Calcutta medical institutions reports 1892-1900
Year: 1892
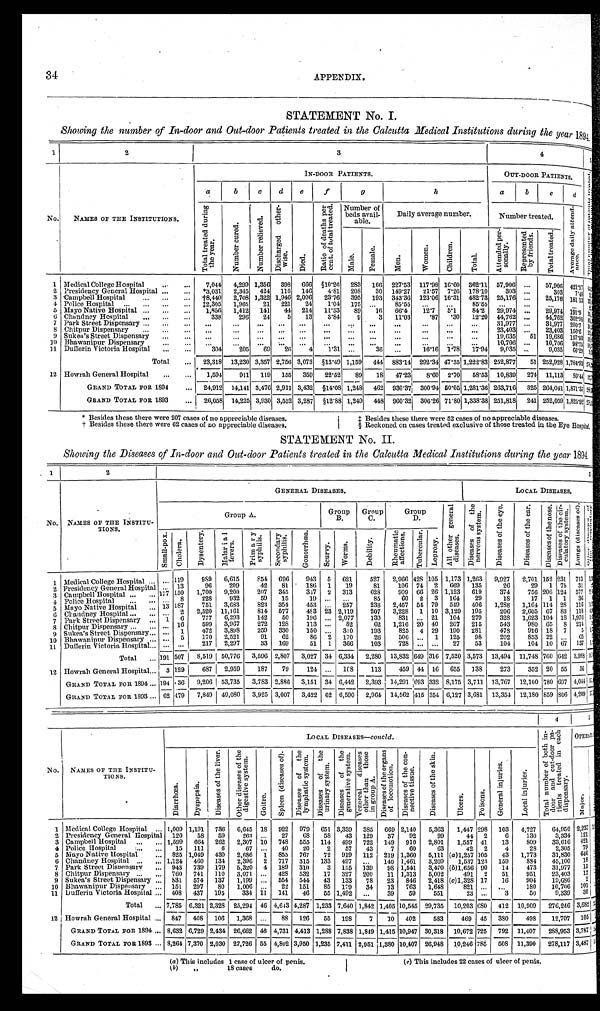
STATEMENT No. I.
Showing the number of In-door and Out-door Patients treated in the Calcutta Medical Institutions during the year 1894.
1
2
3
4
5
NO.
NAMES OF THE INSTITUTIONS.
IN-DOOR PATIENTS.
OUT-DOOR PATIENTS.
< i l l e g i b l e >
a b
c
d
e
f
g
h
a
b
c
d
T o t a l t r e a t e d d u r i n g t h e y e a r .
N u m b e r c u r e d .
N u m b e r r e l i e v e d .
D i s c h a r g e d o t h e r - w i s e .
D i e d .
R a t i o o f d e a t h s p e r c e n t . o f t o t a l t r e a t e d .
N u m b e r o f b e d s a v a i l - a b l e .
Daily average number.
N u m b e r t r e a t e d .
A v e r a g e d a i l y a t t e n d - a n c e .
M a l e .
F e m a l e .
M e n .
W o m e n .
C h i l d r e n .
T o t a l .
A t t e n d e d p e r - s o n a l l y .
Re p r e s e n t e d b y f r i e n d s .
T o t a l t r e a t e d .
1 Medical College Hospital . . .
7,044 4,299 1,356 398 666
§10.26 283 166 227.53 117.98 16.60 362.11 57,906 . . .
57,906 421.17 < i l l e g i b l e >
2 Presidency General Hospital . . . *3,031
2,345 424 116 146
4.81 208
30 149.27
21.57 7.26 178.10
303 . . .
303
7 . 4 8 < i l l e g i b l e >
3 Campbell Hospital . . .
†8,440 2,708 1,322 1,946 2,006 23.76 395 193 343.36 123.06 16.31 482.73 25,176 . . .
25,176
181. 13 < i l l e g i b l e >
4 Police Hospital . . .
‡2,305 1,965
21 221
24
1 . 0 4 175 . . .
85.55
. . .
. . . 85.55
. . .
. . .
. . .
. . .
< i l l e g i b l e >
5 Mayo Native Hospital . . .
1,856 1,412 141
44 214 11.53
89
16
66.4
12.7
5.1
84.2 29.974 . . .
29,974 191.9 < i l l e g i b l e >
6 Chandney Hospital . . .
338
296
24
5
13
3.84
9
3
11.03
.87
. 3 0 12.20 44,762 . . .
44,762 302.98 < i l l e g i b l e >
7 Park Street Dispensary . . .
. . . . . .
. . .
. . .
. . .
. . .
. . .
. . .
. . .
. . .
. . .
. . . 31,977 . . .
31,977 200.7 < i l l e g i b l e >
8 Chitpur Dispensary . . .
. . .
. . .
. . .
. . .
. . .
. . .
. . .
. . .
. . .
. . .
. . .
. . .
23,403 . . .
23,403 156.6 < i l l e g i b l e >
9 Sukea's Street Dispensary . . .
. . .
. . .
. . .
. . .
. . .
. . .
. . .
. . .
. . .
. . .
. . .
. . .
19,635
51 19,686 157.93 < i l l e g i b l e >
1 0 Bhawanipur Dispensary . . .
. . .
. . .
. . .
. . .
. . .
. . .
. . .
. . .
. . .
. . .
. . .
. . .
10,706 . . .
10,706 98.75 < i l l e g i b l e >
1 1 Dufferin Victoria Hospital . . .
304
205
69
26
4
1 . 3 1
. . .
36 . . .
16.16 1.78 17.94 9,035 . . .
9,035 66.29 < i l l e g i b l e >
Total . . . 23,318 13,230 3,357 2,756 3,073
§13. 49 1,159 444 883.14 292.34 47.35 1,222.83 252,877
51
2 5 2 , 9 2 8 1,784.93 < i l l e g i b l e >
12 Howrah General Hospital . . .
1,594
911 119 155 359 22.52
89
18 47.23
8.60 2.70
58.53 10,839 274 11,113
86. 44 < i l l e g i b l e >
GRAND TOTAL FOR 1894 . . . 24,912 14,141 3,476 2,911 3,432
§14. 08 1,248 462
930. 37 300.94 50.05 1,281.36 263,716 325 264,041 1,871.37 < i l l e g i b l e >
GRAND TOTAL FOR 1893 . . .
26,058 14,225 3,930 3,552 3,287
§12. 88 1,249 448 960.32 306.2671.80 1,338.38 251,8181 241 252,059 1,825.92
< i l l e g i b l e >
* Besides these there were 207 cases of no appreciable diseases.
† Besides these there were 62 cases of no appreciable diseases.
‡ Besides these there were 52 cases of no appreciable diseases.
§ Reckoned on cases treated exclusive of those treated in the Eye Hospital.
STATEMENT No. II.
Showing the Diseases of In-door and Out-door Patients treated in the Calcutta Medical Institutions during the year 1894
1
2
3
NO. NAMES OF THE INSTITU-
TIONS.
G e n e r a l D i s e a s e s .
LOCAL DISEASES.
Group A.
Group
B.
G r o u p
C.
Group
D.
A l l o t h e r g e n e r a l d i s e a s e s .
D i s e a s e s o f t h e n e r v o u s s y s t e m .
D i s e a s e s o f t h e e y e .
D i s e a s e s o f t h e e a r .
D i s e a s e s o f t h e n o s e .
D i s e a s e s o f t h e c i r - c u l a t o r y s y s t e m .
L u n g s ( d i s e a s e s o f ) .
< i l l e g i b l e >
S m a l l - p o x .
C h o l e r a .
D y s e n t e r y .
M a l a r i a l f e v e r s .
P r i m a r y S y p h i l i s .
Secondary Syphilis.
G o n o r r h œ a .
S c u r v y .
W o r m s .
D e b i l i t y .
R h e u m a t i c a f f e c t i o n s .
T u b e r c u l a r .
L e p r o s y .
1 Medical College Hospital . . .
. . . 119
989 6,615
854 696
943 5 621
527
2,966 428 105 1,173 1,263 9,927
2,701 152 231 713 < i l l e g i b l e >
96
209
42
81
186 1
19
81
106 74 2 669 135
26
29 1 75 31 < i l l e g i b l e >
. . . 13
2 Presidency General Hospital . . .
150
1,700 9,200
207 345
347 2 313
628
909 66 26. 1,123 619
374
756 206 124 577 < i l l e g i b l e >
Campbell Hospital . . . 177
3
228
9 3 2
5 9 15
1 9
. . .
. . .
85
60 2 3 164
29
18
17 1 1 36 < i l l e g i b l e >
8
Police Hospital . . .
. . .
4
187
751 3,683
823 354
453
. . . 257
238 2,457 54 79 549 406
1,288
1,164 114 28 116 < i l l e g i b l e >
Mayo Native Hospital . . . 13
5
2,520 11,161
814 577
483 23 2,119
207 3,228 1 10 3,129 195
206 2,605 67 83 118 < i l l e g i b l e >
2
Chandney Hospital . . . . . .
6
6
777 6,293
142
50
196
. . . 2,077
130
831 . . . 21 104 279
328
1,623 104 18 1,976 < i l l e g i b l e >
1
7 Park Street Dispensary. . .
16
599 3,967
272 128
113
. . . 82
62 1,216 20 40 267 215
543
980 65 8 214 < i l l e g i b l e >
Chitpur Dispensary . . .
. . .
8
472 3,898
259 330
150
. . . 310
193
825 4 29 190 281
478
916 18 7
5 < i l l e g i b l e >
1
9 Sukea's Street Dispensary . . .
. . .
170 2,521
91
62
86 2 170
26
506 . . . 1 125
98
202
853
2 2 . . . 65 < i l l e g i b l e >
5
10 Bhawanipur Dispensary . . .
. . .
217 2,297
33 169
51 1 366
103
728 . . .
. . . 27
53
104
104 10 67 137 < i l l e g i b l e >
11 Dufferin Victoria Hospital . . . . . . . . .
Total . . . 191 507 8,519 50,776 3,596 2,807 3,027 34 6,334 2,280 13,832 649 316 7,520 3,573 13,494 11,748 760 642
3 , 9 8 8 < i l l e g i b l e >
12 Howrah General Hospital . . . 3 129
687
2,959
187
79
124 . . .
1 0 8
113
459 44 16 655 138
273
352 20 55 56 < i l l e g i b l e >
GRAND TOTAL FOR 1894 . . . 194 36 9,206 53,735
3,783 2,886 3,151 34 6,442 2,393 14,291 693 332 8,175 3,711 13,767 12,100 780 697
4 , 0 4 4 < i l l e g i b l e >
GRAND TOTAL FOR 1893 . . . 62 479
7,849 49,080 3,925 3,007 3,422 62 6,590 2,964 14,562 415 354 6,127 3,681 13,354 12,180 859 806 4,209 < i l l e g i b l e >
4
5
NO. NAMES OF THE INSTITU-
TIONS.
LOCAL DISEASES—concld.
T o t a l n u m b e r o f b o t h i n - d o o r a n d o u t - d o o r p a - t i e n t s t r e a t e d i n e a c h d i s p e n s a r y .
O p e r a t i o n .
D i a r r h œ a .
D y s p e p s i a .
D i s e a s e s o f t h e l i v e r .
O t h e r d i s e a s e s o f t h e d i g e s t i v e s y s t e m .
G o i t r e .
S p l e e n ( d i s e a s e s o f ) . D i s e a s e s o f t h e l y m p h a t i c s y s t e m .
D i s e a s e s o f t h e u r i n a r y s y s t e m .
D i s e a s e s o f t h e g e n e r a t i v e s y s t e m .
V e n e r e a l d i s e a s e s o t h e r t h a n t h o s e i n g r o u p A .
D i s e a s e s o f t h e o r g a n s o f l o c o m o t i o n .
D i s e a s e s o f t h e c o n - n e c t i v e t i s s u e .
D i s e a s e s o f t h e s k i n .
U l c e r s .
P o i s o n s .
G e n e r a l i n j u r i e s .
L o c a l i n j u r i e s .
M a j o r
< i l l e g i b l e >
1 M e d i c a l C o l l e g e H o s p i t a l . . .
1,009 1,191 736 6,645 18 922 979 651 3,339 385 669 2,140
5,363
1,447 298 103 4,727
64,950 2,237 < i l l e g i b l e >
2 Presidency General Hospital . . . 120
58
59
263
. . . 27
68
58
43 129
37
92
99
44 2
6
130
3,334 121 < i l l e g i b l e >
421
3 Campbell Hospital . . . 1,599 664 262 2,307 10 748 555 114 499 722 149 910 2,801
1,557 41
13
809
33,616
< i l l e g i b l e >
79
4
Police Hospital . . . 15 111
6
67
. . . 40
20
2
57
43
7
60
63
42 2
4
28
2,305
< i l l e g i b l e >
646
5 Mayo Native Hospital . . . 825 1,049 430 2,686 1
8 5 5 767
72 919 112 219 1,360 5,111 (a )1,257 105
43 1,773
31,830
< i l l e g i b l e >
6 Chandney Hospital . . . 1,124 460 134 2,396 2 717 315 133 497
. . .
140 1,461
3,209
1,537 123 159
884
45,100
18 < i l l e g i b l e >
15
7 Park Street Dispensary . . . 943 739 179 5,320 4 189 310
3 155 139
98 1,541
3,470
( b ) 1 , 6 5 6
90
14
473
31,977
< i l l e g i b l e >
12
8 Chitpur Dispensary . . . 760 741 110 3,071 . . . 428 532
17 327 200
11 1,313 5,002
491 2
51
951
23,403
< i l l e g i b l e >
9 Sukea's Street Dispensary . . .
831 574 137 1,199 . . . 554 544
43 133
78
23 846 2,418 (c)1,328 17
16
904
19,686
2 < i l l e g i b l e >
101
10 Bhawanipur Dispensary . . . 151 297
80 1,006
. . . 22 151
85 179
34
13 763 1,648
821
. . .
. . .
180
10,706
< i l l e g i b l e >
11 Dufferin Victoria Hospital . . . 408 437 195
334 11 141
46
55 1,492 . . .
39
59
551
23 . . .
3
50
9,339
30 < i l l e g i b l e >
Total . . . 7,785 6,321 2,328 25,294 46 4,643 4,287 1,233 7,640 1,842 1,405 10,545 29,735 10,203 680 412 10,909
276,246 3,682 < i l l e g i b l e >
12 Howrah General Hospital . . . 847 408 106 1,368
. . . 88 126
55 198
7
10 402
583
469 45 380
498
12,707 105 < i l l e g i b l e >
GRAND TOTAL FOR 1894 . . . 8,632 6,729 2,434 26,662 46 4,731 4,413 1,288 7,838 1,849 1,415 10,947 30,318 10,672 725 792 11,407
288,953 3,787 < i l l e g i b l e >
GRAND TOTAL FOR 1893 . . . 8,2647,370 2,030 27,726 55 4,802 3,950 1,235 7,411 2,051 1,380 10,407 26,948 10,246 785 508 11,390 278,117
3 , 4 8 7 < i l l e g i b l e >
(a) This includes 1 case of ulcer of penis.
(b) " 18 cases
do.
(c) This includes 22 cases of ulcer of penis.